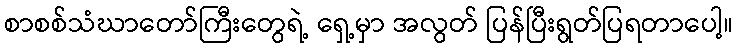
စာစစ်သံဃာတော်ကြီးတွေရဲ့ ရှေ့မှာ အလွတ် ပြန်ပြီးရွတ်ပြရတာပေါ့။